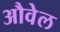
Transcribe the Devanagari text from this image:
औवेल